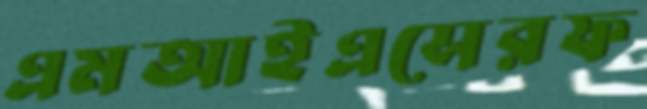
এমআইএসেরফ